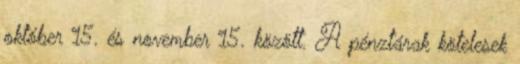
október 15. és november 15. között. A pénztárak kötelesek